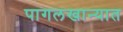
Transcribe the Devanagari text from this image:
पागलखान्यात